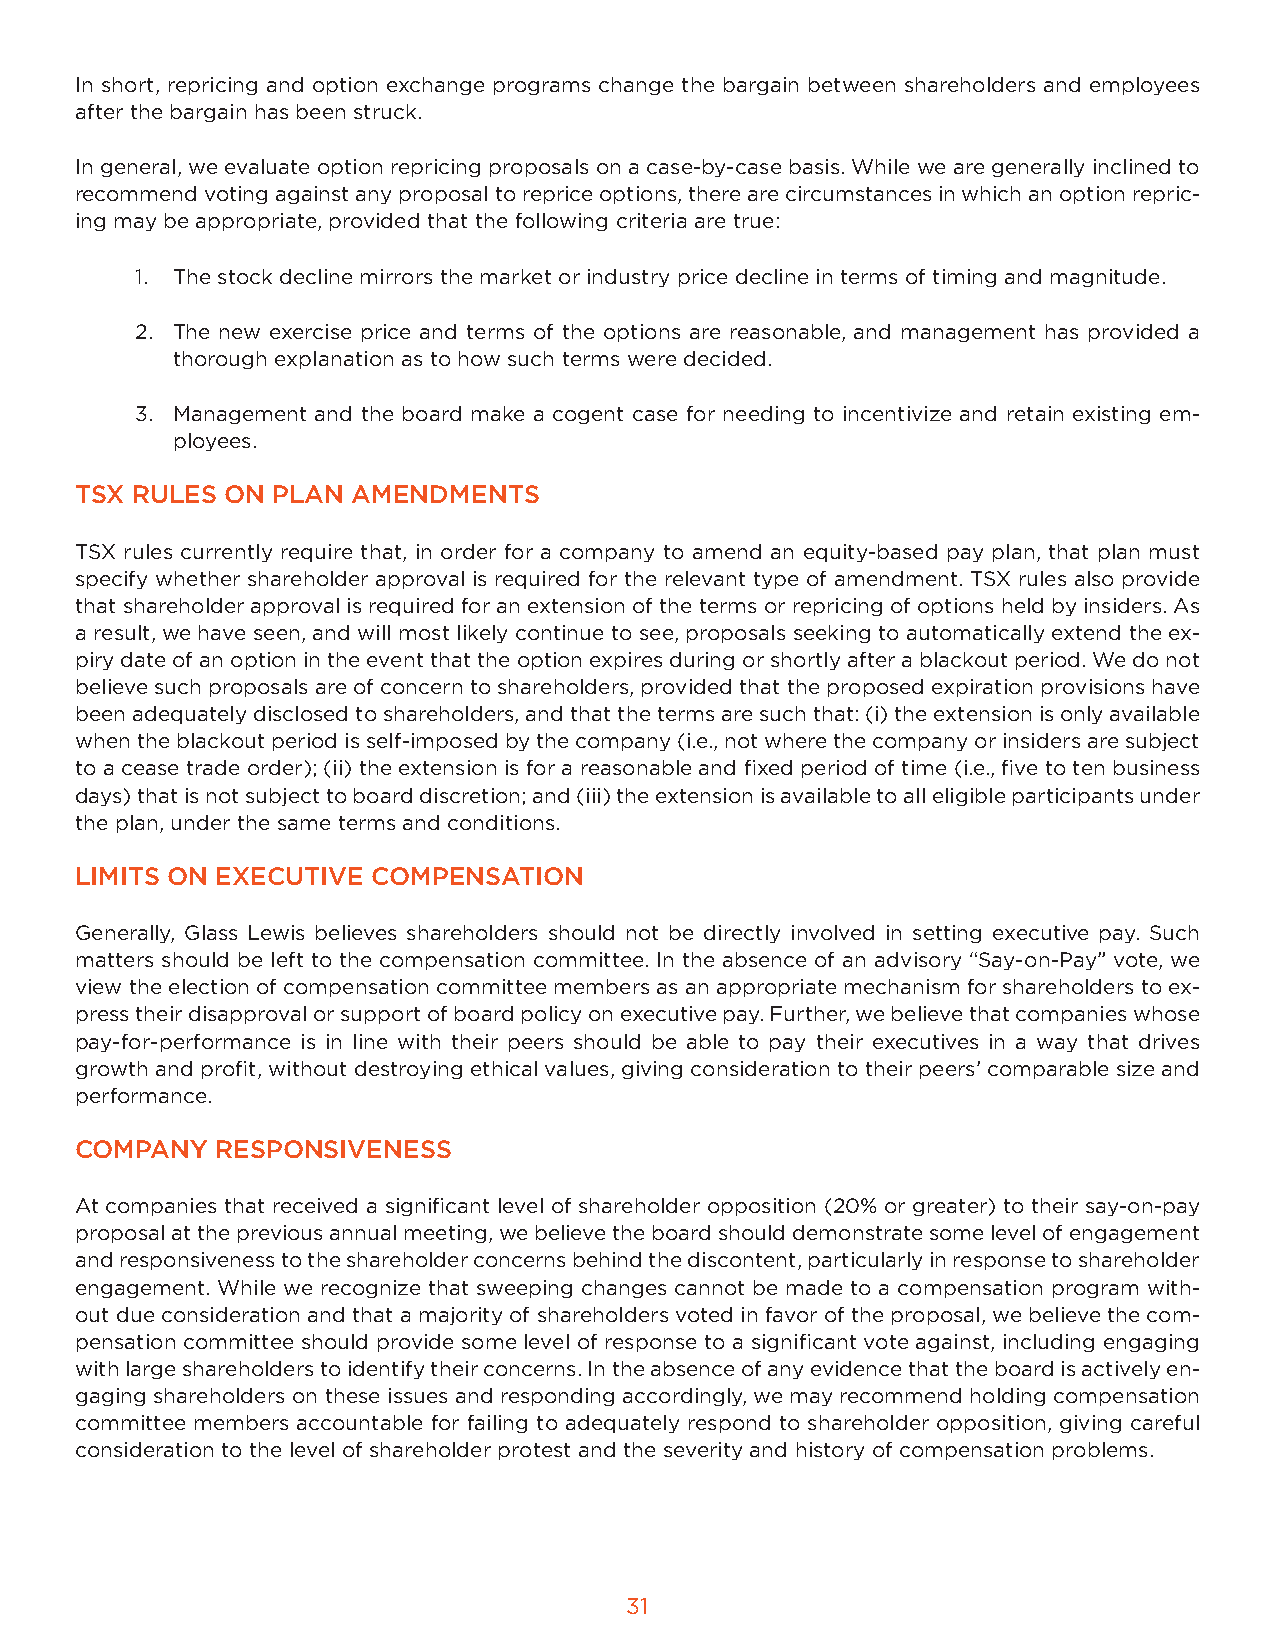
In short, repricing and option exchange programs change the bargain between shareholders and employees
 after the bargain has been struck.
 In general, we evaluate option repricing proposals on a case-by-case basis. While we are generally inclined to
 recommend voting against any proposal to reprice options, there are circumstances in which an option repric-
 ing may be appropriate, provided that the following criteria are true:
 1. The stock decline mirrors the market or industry price decline in terms of timing and magnitude.
 2. The new exercise price and terms of the options are reasonable, and management has provided a
 thorough explanation as to how such terms were decided.
 3. Management and the board make a cogent case for needing to incentivize and retain existing em-
 ployees.
 TSX RULES ON PLAN AMENDMENTS
 TSX rules currently require that, in order for a company to amend an equity-based pay plan, that plan must
 specify whether shareholder approval is required for the relevant type of amendment. TSX rules also provide
 that shareholder approval is required for an extension of the terms or repricing of options held by insiders. As
 a result, we have seen, and will most likely continue to see, proposals seeking to automatically extend the ex-
 piry date of an option in the event that the option expires during or shortly after a blackout period. We do not
 believe such proposals are of concern to shareholders, provided that the proposed expiration provisions have
 been adequately disclosed to shareholders, and that the terms are such that: (i) the extension is only available
 when the blackout period is self-imposed by the company (i.e., not where the company or insiders are subject
 to a cease trade order); (ii) the extension is for a reasonable and fixed period of time (i.e., five to ten business
 days) that is not subject to board discretion; and (iii) the extension is available to all eligible participants under
 the plan, under the same terms and conditions.
 LIMITS ON EXECUTIVE COMPENSATION
 Generally, Glass Lewis believes shareholders should not be directly involved in setting executive pay. Such
 matters should be left to the compensation committee. In the absence of an advisory “Say-on-Pay” vote, we
 view the election of compensation committee members as an appropriate mechanism for shareholders to ex-
 press their disapproval or support of board policy on executive pay. Further, we believe that companies whose
 pay-for-performance is in line with their peers should be able to pay their executives in a way that drives
 growth and profit, without destroying ethical values, giving consideration to their peers’ comparable size and
 performance.
 COMPANY  RESPONSIVENESS
 At companies that received a significant level of shareholder opposition (20% or greater) to their say-on-pay
 proposal at the previous annual meeting, we believe the board should demonstrate some level of engagement
 and responsiveness to the shareholder concerns behind the discontent, particularly in response to shareholder
 engagement. While we recognize that sweeping changes cannot be made to a compensation program with-
 out due consideration and that a majority of shareholders voted in favor of the proposal, we believe the com-
 pensation committee should provide some level of response to a significant vote against, including engaging
 with large shareholders to identify their concerns. In the absence of any evidence that the board is actively en-
 gaging shareholders on these issues and responding accordingly, we may recommend holding compensation
 committee members accountable for failing to adequately respond to shareholder opposition, giving careful
 consideration to the level of shareholder protest and the severity and history of compensation problems.
 31